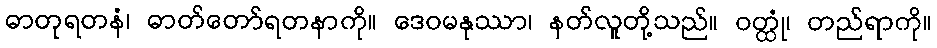
ဓာတုရတနံ၊ ဓာတ်တော်ရတနာကို။ ဒေဝမနုဿာ၊ နတ်လူတို့သည်။ ဝတ္ထုံ၊ တည်ရာကို။